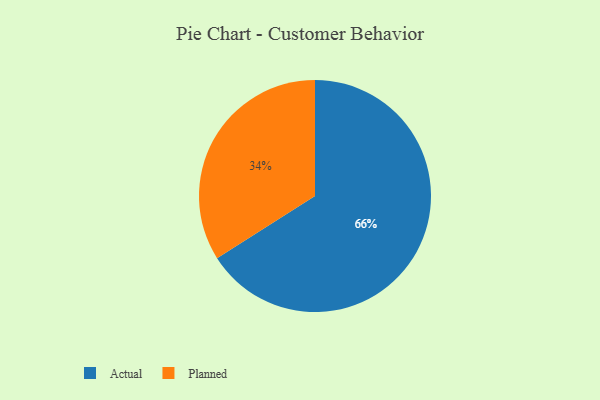
{"axis": {"x": "Category", "y": "Percentage"}, "legend": ["Actual", "Planned"], "data": [{"x": "Planned", "y": 34, "type": "Planned"}, {"x": "Actual", "y": 66, "type": "Actual"}]}